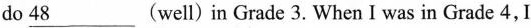
do 48___(well)in Grade 3. When I was in Grade 4,I